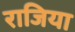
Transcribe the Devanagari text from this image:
राजिया